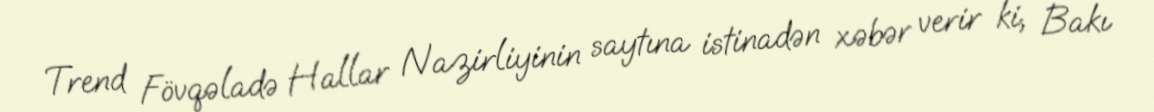
Trend Fövqəladə Hallar Nazirliyinin saytına istinadən xəbər verir ki, Bakı